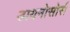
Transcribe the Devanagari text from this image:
डायनोसोर्स